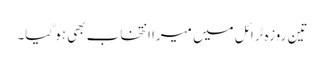
تین روزہ ٹرائل میں میرا انتخاب بھی ہو گیا۔